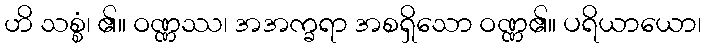
ဟိ သစ္စံ၊ ၏။ ဝဏ္ဏဿ၊ အအက္ခရာ အစရှိသော ဝဏ္ဏ၏။ ပရိယာယော၊